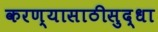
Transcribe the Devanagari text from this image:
करण्यासाठीसुद्धा